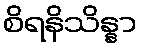
စိရနိသိန္နာ